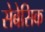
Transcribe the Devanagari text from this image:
सेबेसिक